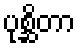
ပုစ္ဆိတာ